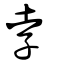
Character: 孛